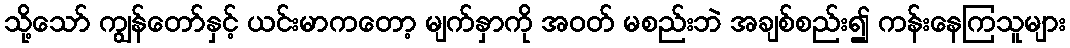
သို့သော် ကျွန်တော်နှင့် ယင်းမာကတော့ မျက်နှာကို အဝတ် မစည်းဘဲ အချစ်စည်း၍ ကန်းနေကြသူများ